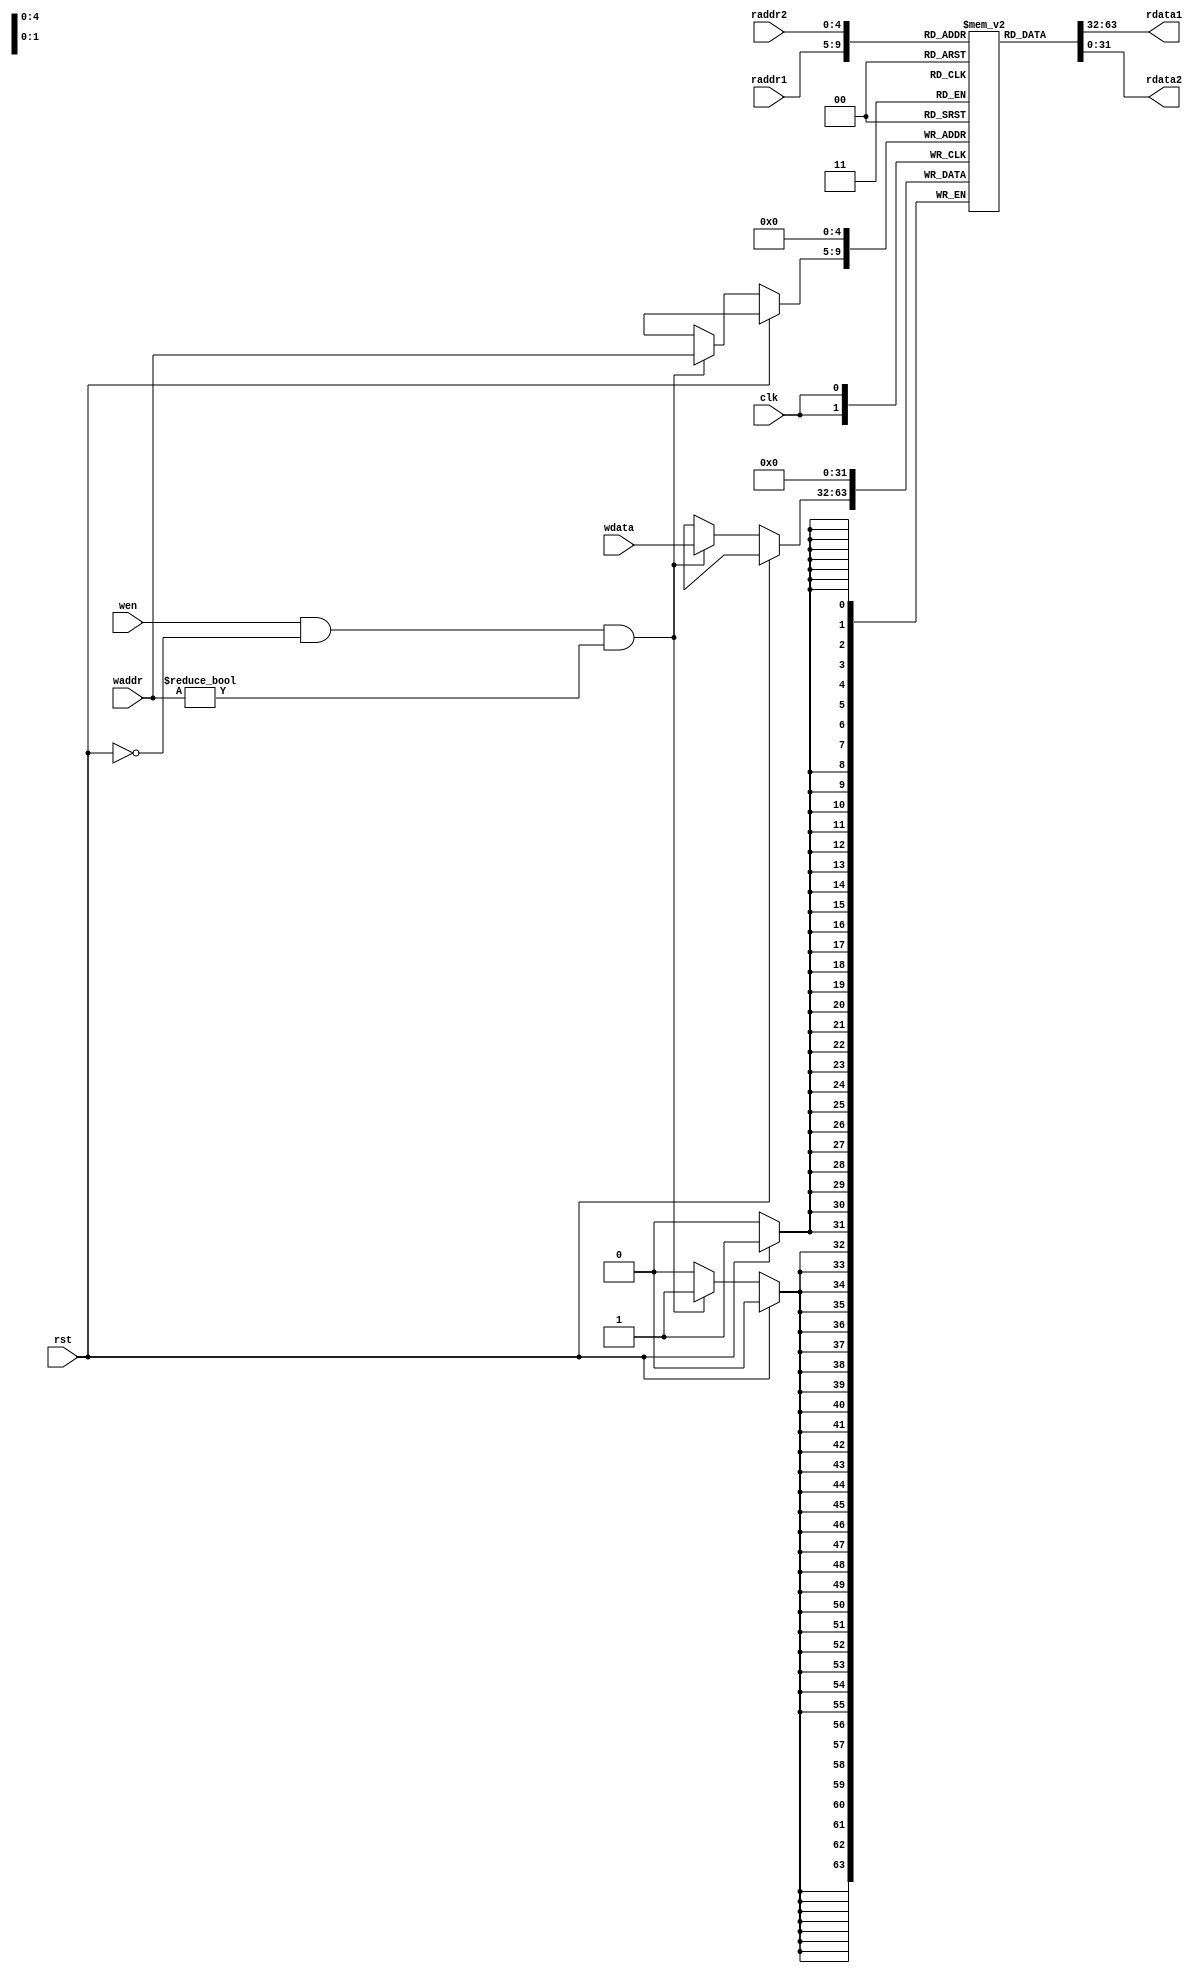
`timescale 10 ns / 1 ns

`define DATA_WIDTH 32
`define ADDR_WIDTH 5

module reg_file(
	input clk,
	input rst,
	input [`ADDR_WIDTH - 1:0] waddr,
	input [`ADDR_WIDTH - 1:0] raddr1,
	input [`ADDR_WIDTH - 1:0] raddr2,
	input wen,
	input [`DATA_WIDTH - 1:0] wdata,
	output [`DATA_WIDTH - 1:0] rdata1,
	output [`DATA_WIDTH - 1:0] rdata2
);

	// TODO: Please add your logic code here

    reg [31:0] r [31:0];
    always @ (posedge clk) begin
        if (rst) begin
            r[0] <= 32'b0;
        end
        else if (wen && !rst && (waddr != 5'd0)) begin
            r[waddr] <= wdata;
        end
    end
    assign rdata1 = r[raddr1];
    assign rdata2 = r[raddr2];

endmodule